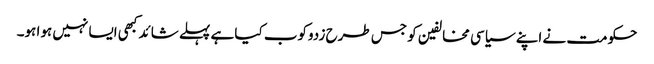
حکومت نے اپنے سیاسی مخالفین کو جس طرح زدوکوب کیا ہے پہلے شائد کبھی ایسا نہیں ہوا ہو۔